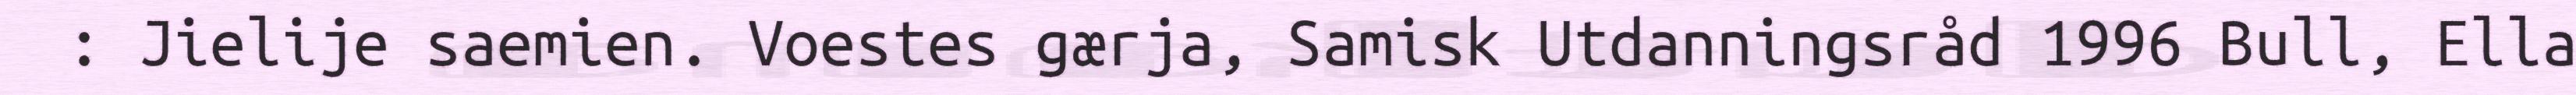
: Jielije saemien. Voestes gærja, Samisk Utdanningsråd 1996 Bull, Ella